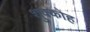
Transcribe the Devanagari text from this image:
शुक्कोह